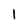
Character: 1